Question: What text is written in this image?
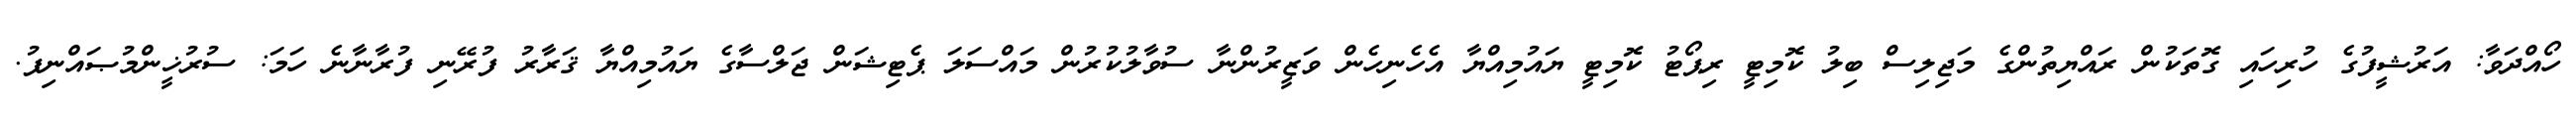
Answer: ހޯއްދަވާ: އަރުޝީފުގެ ހުރިހައި ގޮތަކުން ރައްޔިތުންގެ މަޖިލިސް ބިލު ކޮމިޓީ ރިޕޯޓު ކޮމިޓީ ޔައުމިއްޔާ އެހެނިހެން ވަޒީރުންނާ ސުވާލުކުރުން މައްސަލަ ޕެޓިޝަން ޖަލްސާގެ ޔައުމިއްޔާ ޤަރާރު ފުރޭނި ފުރާނާނެ ހަމަ: ސުރުޚީންމުޞައްނިފު.